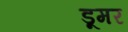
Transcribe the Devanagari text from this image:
डूमर